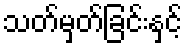
သတ်မှတ်ခြင်းနှင့်